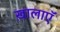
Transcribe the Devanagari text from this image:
ख़ालाएॅ